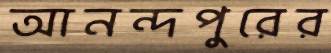
আনন্দপুরের